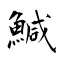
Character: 鰔